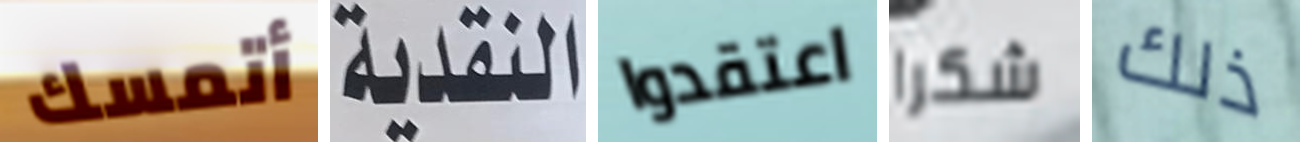
أتمسك النقدية اعتقدوا شكرا ذلك